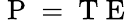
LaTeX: \mathrm{~P~}=\mathrm{~T~E~}